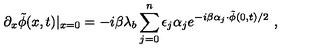
\partial _ { x } \tilde { \phi } ( x , t ) | _ { x = 0 } = - i \beta \lambda _ { b } \sum _ { j = 0 } ^ { n } \epsilon _ { j } \alpha _ { j } e ^ { - i \beta \alpha _ { j } \cdot \tilde { \phi } ( 0 , t ) / 2 } \ ,